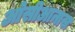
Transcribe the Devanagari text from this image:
ओसीआनास